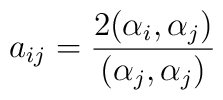
a_{ij}=\frac{2(\alpha_i,\alpha_j)}{(\alpha_j,\alpha_j)}